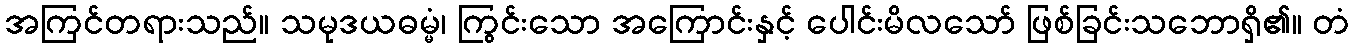
အကြင်တရားသည်။ သမုဒယဓမ္မံ၊ ကြွင်းသော အကြောင်းနှင့် ပေါင်းမိလသော် ဖြစ်ခြင်းသဘောရှိ၏။ တံ